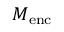
M _ { \mathrm { e n c } }